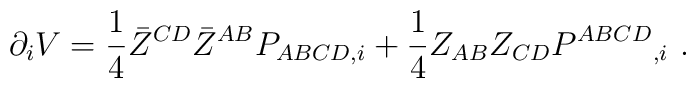
\partial_i V ={1\over 4} \bar Z^{CD} \bar Z^{AB} P_{ABCD,i}  + {1\over 4}Z_{AB} Z_{CD}P^{ABCD}{}_{,i}  \ .